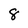
Character: 8